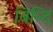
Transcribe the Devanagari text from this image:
बिन्दि